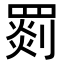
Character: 𦋺